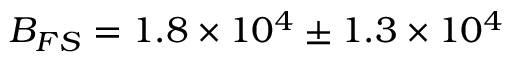
B _ { F S } = 1 . 8 \times 1 0 ^ { 4 } \pm 1 . 3 \times 1 0 ^ { 4 }